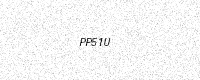
Text: PP51U